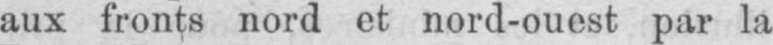
aux fronts nord et nord-ouest par la